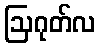
ဩဂုတ်လ